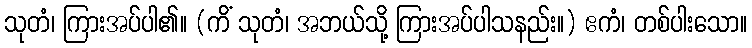
သုတံ၊ ကြားအပ်ပါ၏။ (ကိံ သုတံ၊ အဘယ်သို့ ကြားအပ်ပါသနည်း။) ဧကံ၊ တစ်ပါးသော။